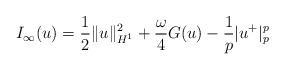
LaTeX: \begin{align*}I_{\infty}(u)=\frac{1}{2}\|u\|_{H^{1}}^{2}+\frac{\omega}{4}G(u)-\frac{1}{p}|u^{+}|_{p}^{p}\end{align*}